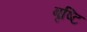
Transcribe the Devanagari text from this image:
बृष्टि